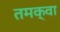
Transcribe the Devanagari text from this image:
तमक्वा